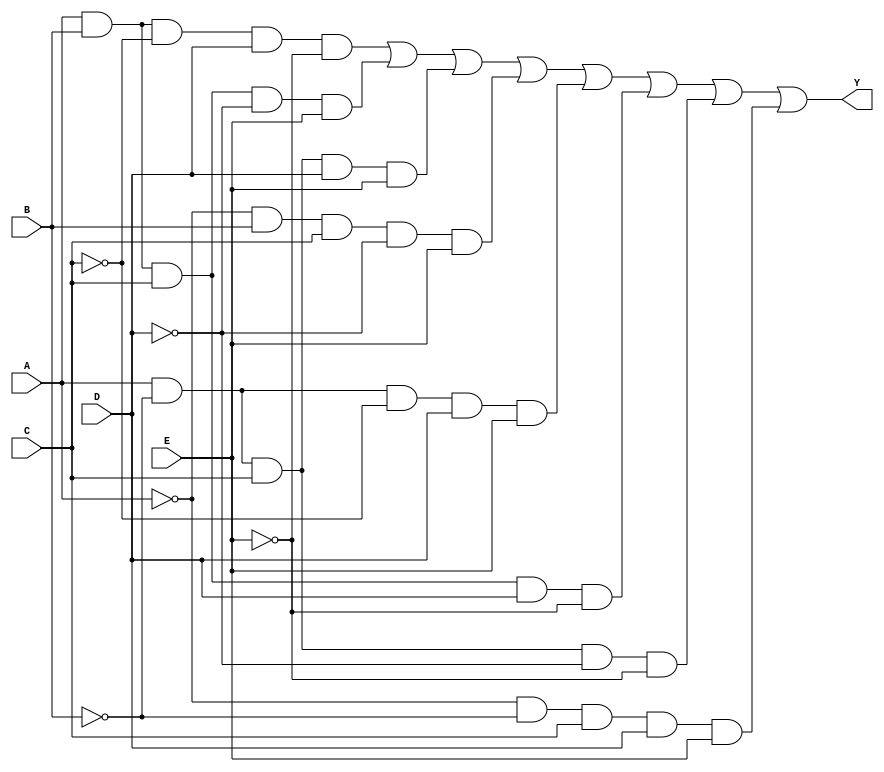
module five_variable_kmap (
    input wire A,  // Input variable A
    input wire B,  // Input variable B
    input wire C,  // Input variable C
    input wire D,  // Input variable D
    input wire E,  // Input variable E
    output wire Y  // Output variable Y
);

// The output Y is derived from the K-map simplification.
// This example assumes a hypothetical K-map output.
// Replace the logic below with the actual simplified expression from your K-map.

assign Y = (A & B & ~C & D & ~E) |  // Minterm 0
           (A & B & C & ~D & E) |   // Minterm 1
           (A & ~B & C & D & E) |   // Minterm 2
           (~A & B & C & ~D & E) |  // Minterm 3
           (A & ~B & ~C & D & E) |  // Minterm 4
           (A & B & C & D & ~E) |   // Minterm 5
           (A & ~B & C & ~D & ~E) | // Minterm 6
           (~A & ~B & C & D & E);   // Minterm 7

// Note: The above expression is just an example. You should replace it with the actual
// simplified expression derived from your specific K-map.

endmodule